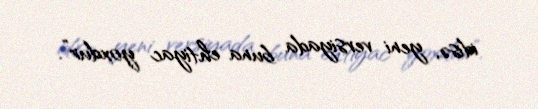
idisə, yeni versiyada buna ehtiyac yoxdur”.